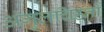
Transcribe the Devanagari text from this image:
अंगुलचिह्नों